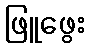
ဖြူဖွေး